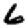
Digit: 6